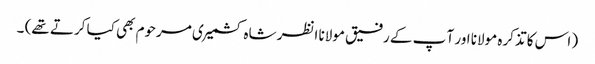
( اس کا تذکرہ مولانا اور آ پ کے رفیق مولانا انظر شاہ کشمیری مرحوم بھی کیا کرتے تھے) ۔